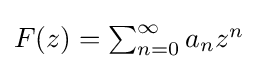
\textstyle {F(z)=\sum _{n=0}^{\infty }a_{n}z^{n}}